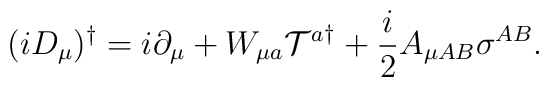
(iD_\mu)^\dagger = i\partial_\mu + W_{{\mu}a}{{\cal T}^a}^\dagger+{i\over2}A_{\mu{AB}}{\sigma}^{AB}.